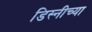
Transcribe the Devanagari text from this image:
डिस्नीच्या